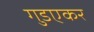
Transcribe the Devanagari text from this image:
गुडएकर